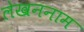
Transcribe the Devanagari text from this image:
लेखननाम